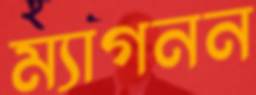
ম্যাগনন